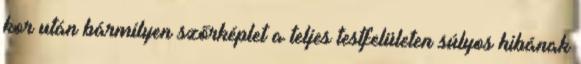
kor után bármilyen szőrképlet a teljes testfelületen súlyos hibának